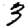
Digit: 3